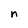
Character: n